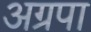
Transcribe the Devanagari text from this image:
अग्रपा